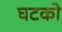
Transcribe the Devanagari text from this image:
घटको